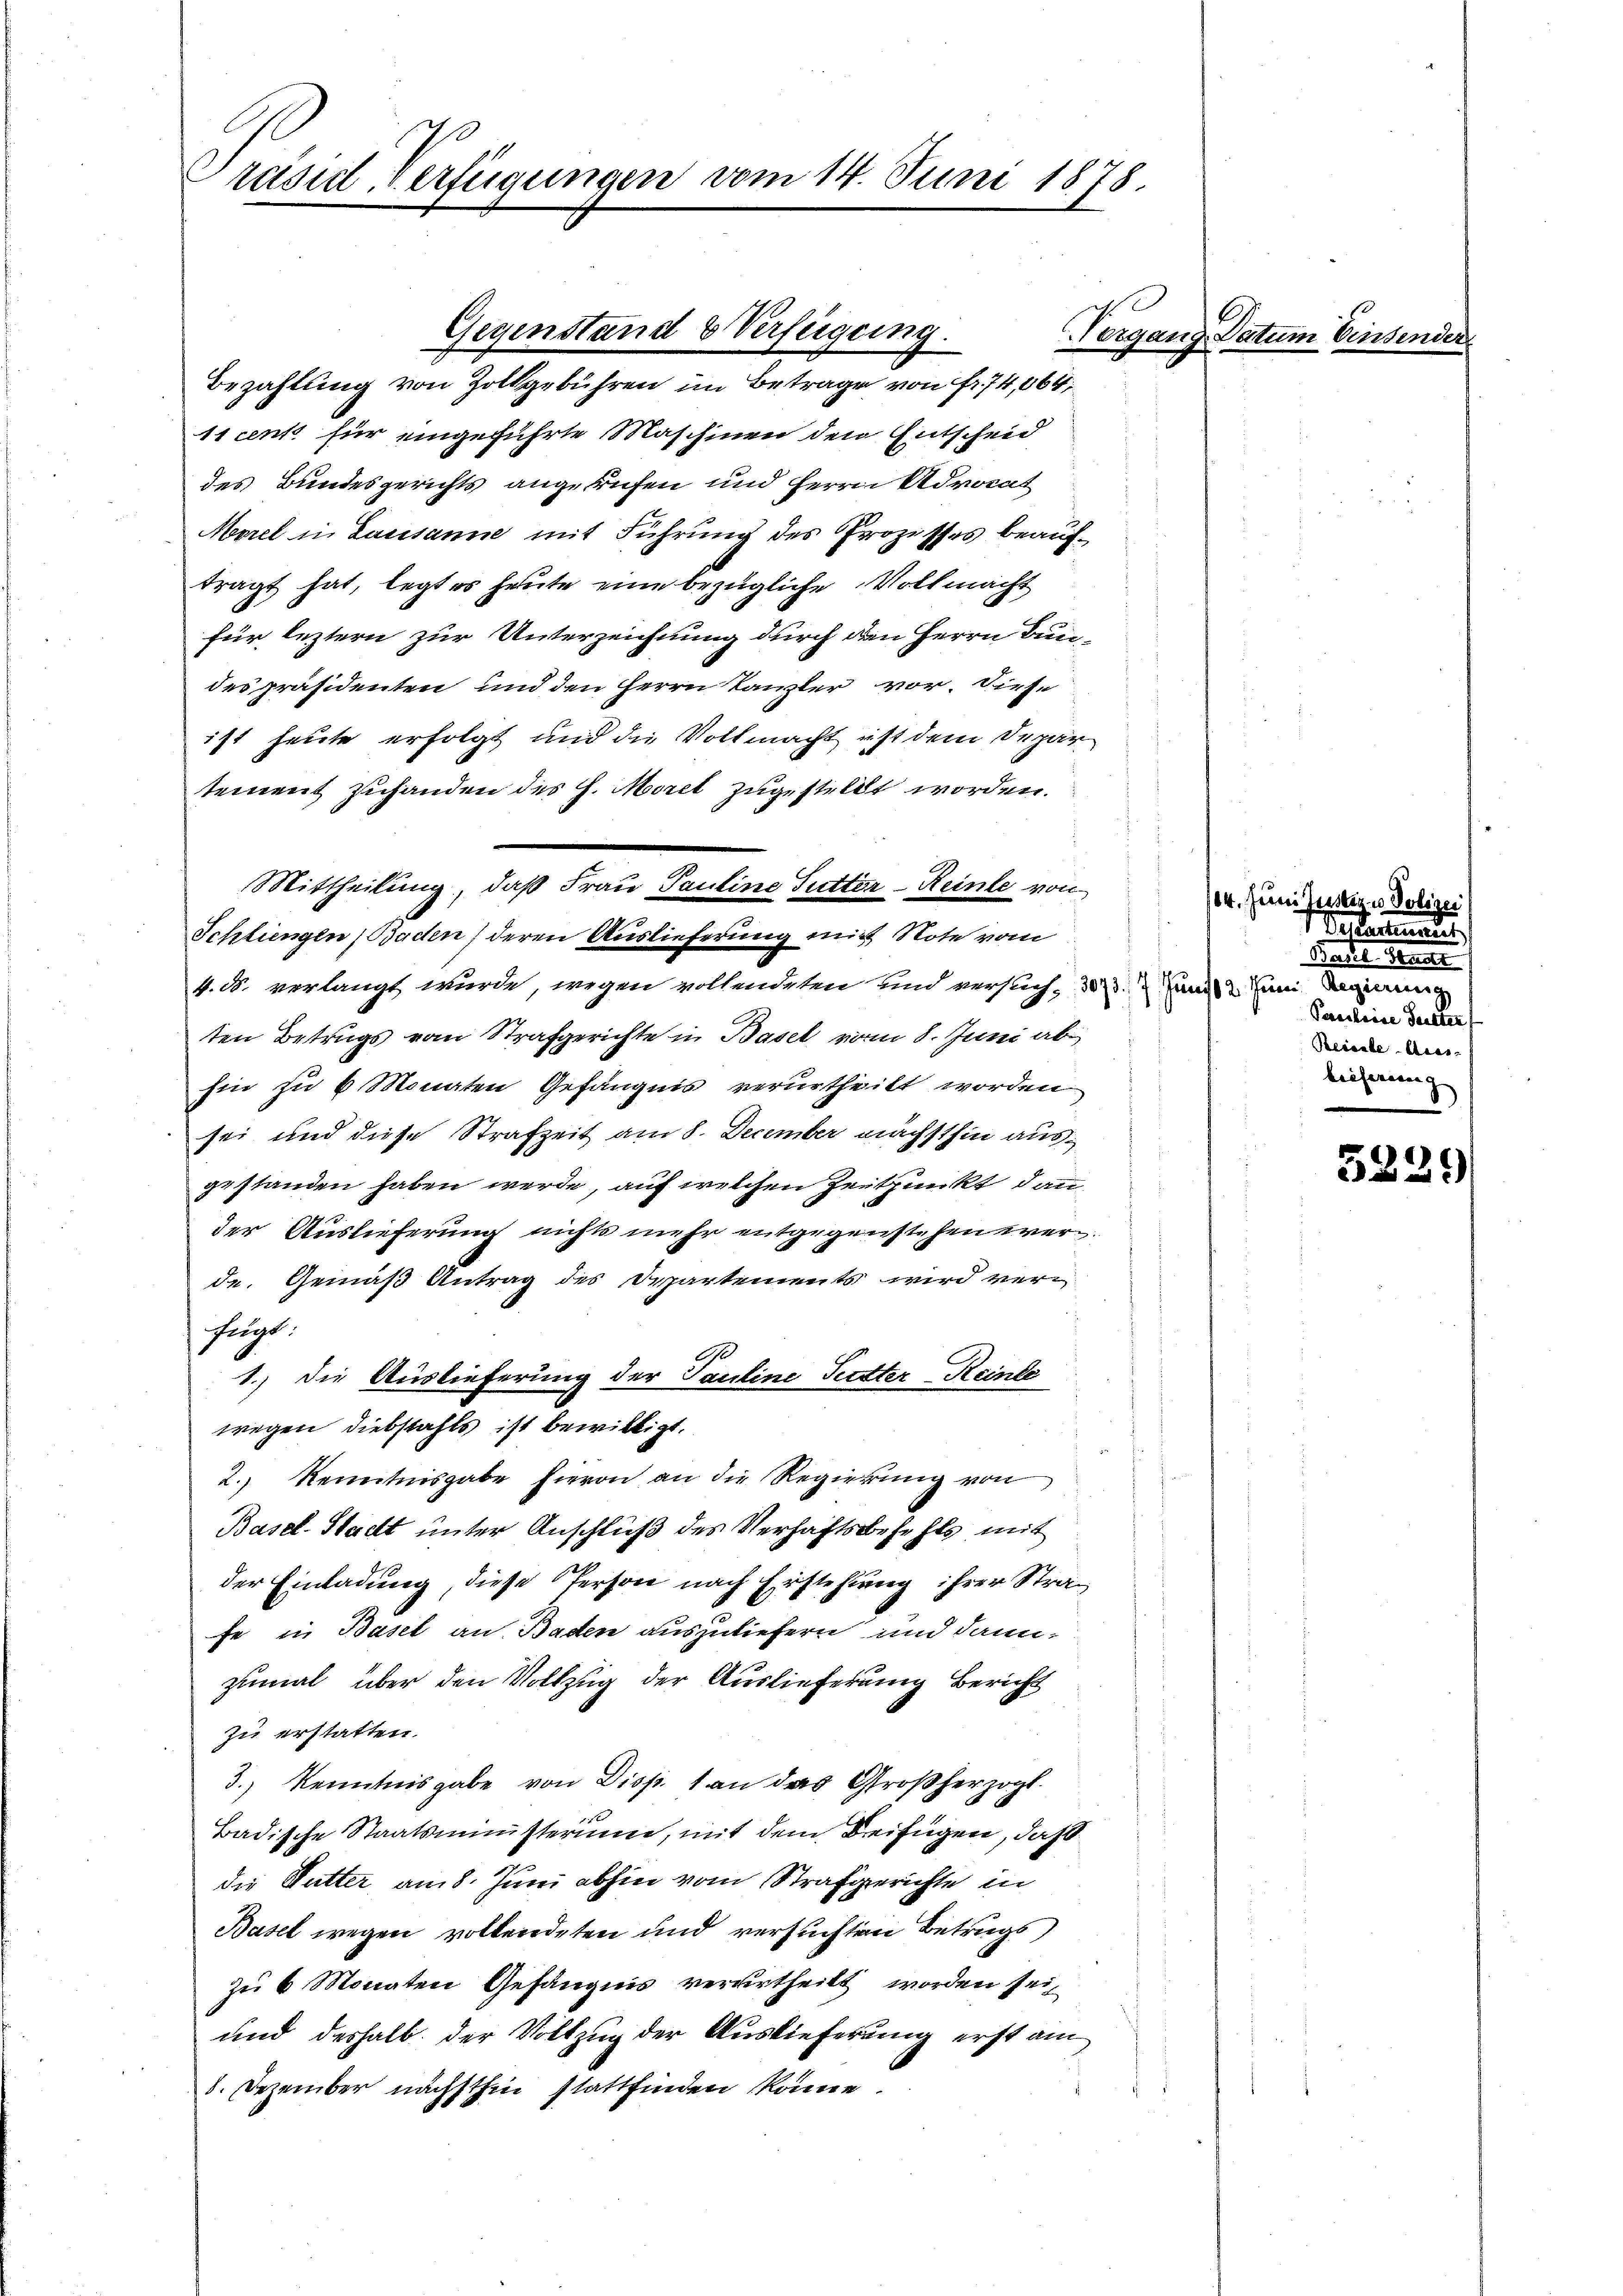
Präsid. Verfügungen vom 14. Juni 1878.

Bezahlung von Zollgebühren im Betrage von Fr. 74,064,
11 cent für eingeführte Maschinen den Entscheid
des Bundesgerichts angerufen und Herrn Advocat
Morel in Lausanne mit Führung des Prozesses beauftragt hat, legt es heute eine bezügliche Vollmacht
für leztern zur Unterzeichnung durch den Herrn Bundes präsidenten und den Herrn Kanzler vor. Diese
ist heute erfolgt und die Vollmacht ist dem Departement zuhanden des H. Morel zugestellt worden.
Mittheilung, daß Frau Pauline Sutter Reinte von
Schliengen, Baden) deren Auslieferung mit Note vom
4. ds. verlangt wurde, wegen vollendeten und versuch 30737 und 12 Juni Reginung
ten Betrugs vom Strafgerichte in Basel vom 8. Juni ab
hin zu 6 Monaten Gefängnis verurtheilt worden
sei und diese Strafzeit am 8. December nächsthin ausgestanden haben werde, auf welchen Zeitpunkt dann
der Auslieferung nichts mehr entgegenstehen war.
de. Gemäß Antrag des Departements wird verfügt.
1.) Die Auslieferung der Pauline Futter Reinle
wegen Diebstahls ist bewilligt.
2.) Kenntnisgabe hievon an die Regierung von
Basel-Stadt unter Anschluß des Verhaftsbefehls mit
der Einladung, diese Person nach Erstehung ihrer Strafe in Basel an Baden auszuliefern und dann,
zumal über den Vollzug der Auslieferung Bericht
zu erstatten.
3.) Kenntnisgabe von Disp. 1 an das Großherzogl.
Badische Staatsministerium, mit dem Beifügen, daß
die Mutter am 8. Juni abhin vom Strafgerichte in
Basel wegen vollendeten und versuchten Betrugs
zu 6 Monaten Gefängnis verurtheilt worden sei,
und deshalb der Vollzug der Auslieferung erst am
8. Dezember nächsthin stattfinden könne.

Gegenstand & Verfügung.

VVorgang Datum Einsend

104. Juni Justiz & Polizei
Vetermanns
Paten denen
Pascheine Seitter
Reiante-Aus-
besserung |

5229